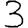
Digit: 3